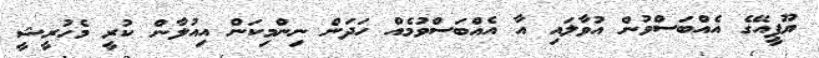
ޔޫޕީއޭގެ އެއްބަސްވުން އުވާލައި އާ އެއްބަސްވުމެއް ހަދަން ނިންމިކަން އިއުލާން ކުރީ މެހުރީޝީ